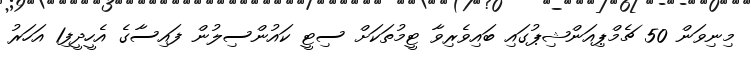
މިނިވަން 50 ޗެމްޕިއަންޝިޕުގައި ބައިވެރިވާ ޓީމުތަކަށް ސިޓީ ކައުންސިލުން ފައިސާގެ އެހީދީފި1 އަހަރު